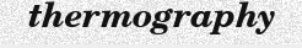
thermography